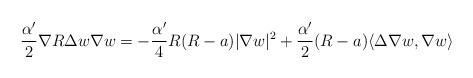
LaTeX: \begin{align*}\frac{\alpha'}{2}\nabla R\Delta w\nabla w&=-\frac{\alpha'}{4}R(R-a)|\nabla w|^2+\frac{\alpha'}{2}(R-a)\langle\Delta\nabla w,\nabla w\rangle\end{align*}